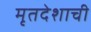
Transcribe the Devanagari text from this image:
मृतदेशाची